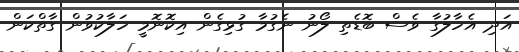
އަދި އެހާލުގާ ވެސް ބޮޑެތި ލޯނު ނެގުމާ ގުޅިގެން އިކޮނޮމީ ހަލާކުވުން ގާތްކަން